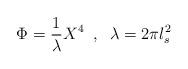
LaTeX: \begin{align*}\Phi = \frac{1}{\lambda}X^4 \;\; , \;\; \lambda = 2\pi l_s^2\end{align*}